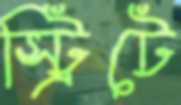
স্ট্রিটে